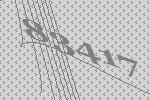
83417